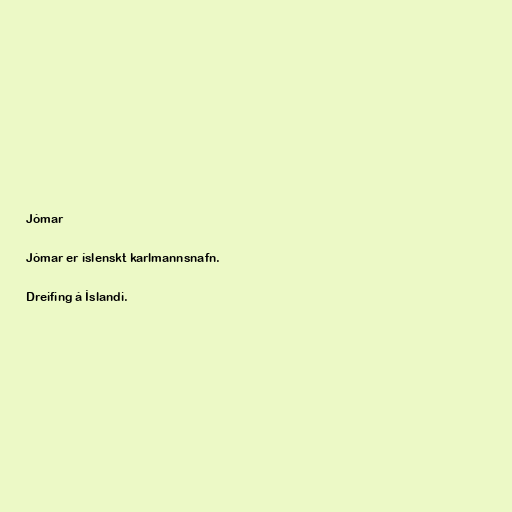
Jómar

Jómar er íslenskt karlmannsnafn.

Dreifing á Íslandi.